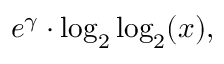
e ^ { \gamma } \cdot \log _ { 2 } \log _ { 2 } ( x ) ,